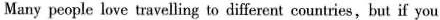
Many people love travelling to different countries,but if you